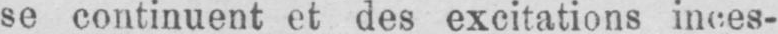
se continuent et des excitations inces-